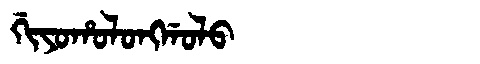
Manchu: ᡤᡳᠶᠣᡥᠣᠯᠣᠩᡤᠣᠯᠣ
Romanization: GIYOHOLONGGOLO